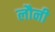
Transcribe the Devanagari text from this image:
लौनी